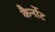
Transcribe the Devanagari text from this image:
कैर्नोट